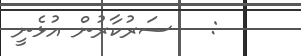
:   ސަރުކާރުން އުޅެނީ